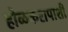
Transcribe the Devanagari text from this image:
होळकरापाशी